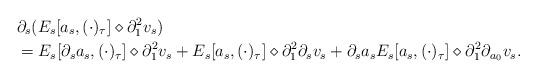
LaTeX: \begin{align*} & \partial_s (E_s [a_s, (\cdot)_{\tau}] \diamond \partial_1^2 v_s )\\ & = E_s [\partial_s a_s, (\cdot)_{\tau}] \diamond \partial_1^2 v_s + E_s [a_s, (\cdot)_{\tau}] \diamond \partial_1^2 \partial_s v_s + \partial_s a_s E_s [a_s, (\cdot)_{\tau}] \diamond \partial_1^2 \partial_{a_0} v_s.\end{align*}